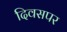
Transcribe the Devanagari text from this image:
दिवसपर